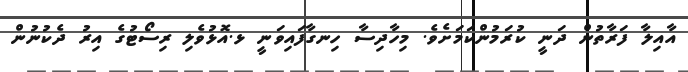
އާއިލާ ފަރާތުން ދަނީ ކުރަމުންކަމަށެވެ. މިހާދިސާ ހިނގާފައިވަނީ ޅ.އޮޅުވެލި ރިސޯޓުގެ އިރު ދެކުނުން